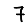
Digit: 7